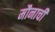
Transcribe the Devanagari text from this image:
मौनाची